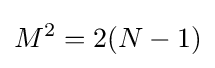
M^{2}=2(N-1)